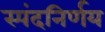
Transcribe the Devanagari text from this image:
स्पंदनिर्णय